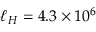
\ell _ { H } = 4 . 3 \times 1 0 ^ { 6 }